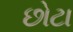
છોટા